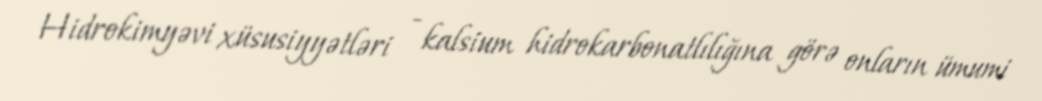
Hidrokimyəvi xüsusiyyətləri - kalsium hidrokarbonatlılığına görə onların ümumi